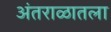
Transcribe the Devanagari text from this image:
अंतराळातला